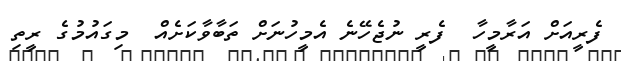
ފެރީއަށް އަރާމީހާ  ފެރީ ނުޖެހޭނެ އެމީހުނަށް ތަބާވާކަށެއް  މިގައުމުގެ ރީތި